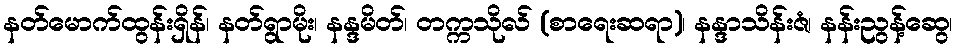
နတ်မောက်ထွန်းရှိန်၊ နတ်ရွာမိုး၊ နန္ဒမိတ်၊ တက္ကသိုလ် (စာရေးဆရာ)၊ နန္ဒာသိန်းဇံ၊ နန်းညွန့်ဆွေ၊